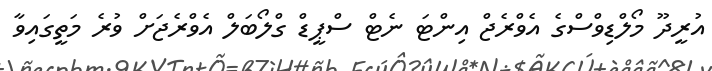
އުރީދޫ މޯލްޑިވްސްގެ އެވްރެޖް އިންޓަ ނެޓް ސްޕީޑް ގްލޯބަލް އެވްރެޖަށް ވުރެ މަތީގައިވާ